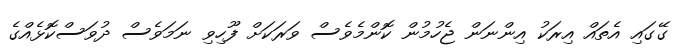
ގޭގައި އެތައް އިރަކު އިންނަން ޖެހުމުން ކޮންމެވެސް ވަރަކަށް ފޫހިވި ނަމަވެސް ދުވަސްކޮޅެއްގެ